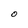
Character: O